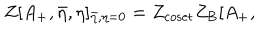
LaTeX: Z [ A _ { + } , { \bar { \eta } } , \eta ] _ { \bar { \eta } , \eta = 0 } = Z _ { \mathrm { c o s e t } } Z _ { \mathrm { B } } [ A _ { + } ,